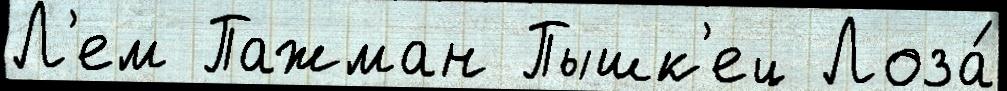
Л'ем Пажман Пышк'ец Лоза́